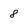
Character: 8